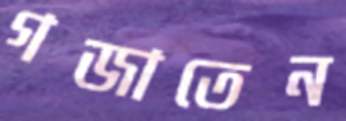
গজাতেন